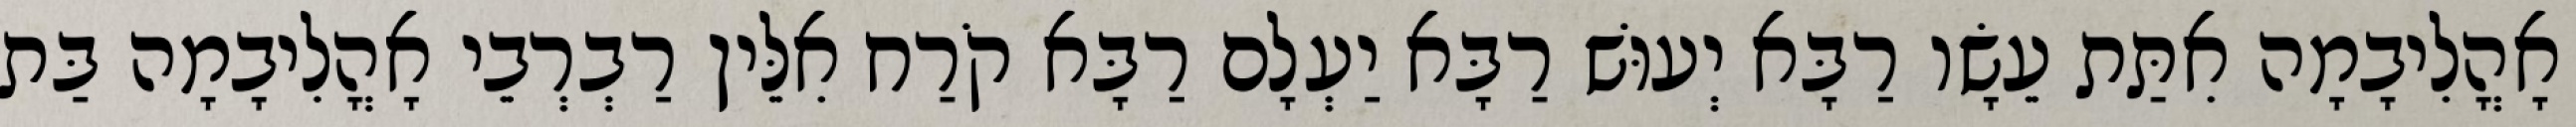
אָהֳלִיבָמָה אִתַּת עֵשָׂו רַבָּא יְעוּשׁ רַבָּא יַעְלָם רַבָּא קֹרַח אִלֵּין רַבְרְבֵי אָהֳלִיבָמָה בַּת